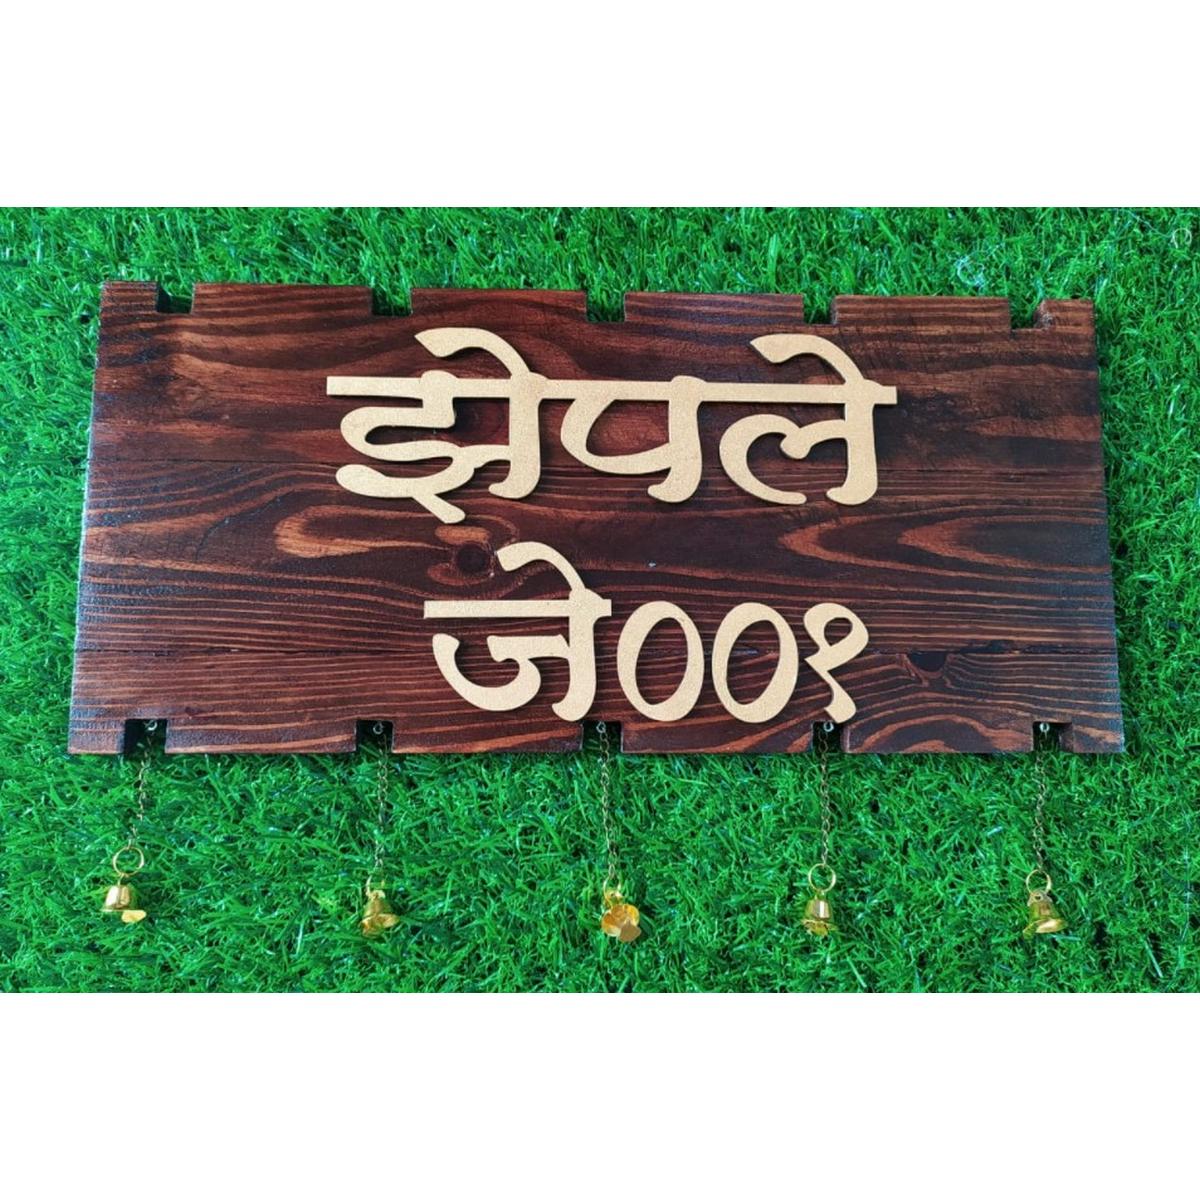
Language: marathi
Transcription: झेपले जे